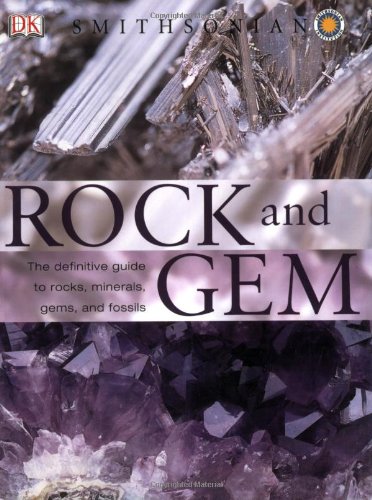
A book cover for Rock and Gem; Ronald Bonewitz; Science & Math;